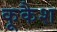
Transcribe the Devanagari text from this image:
कूकैश